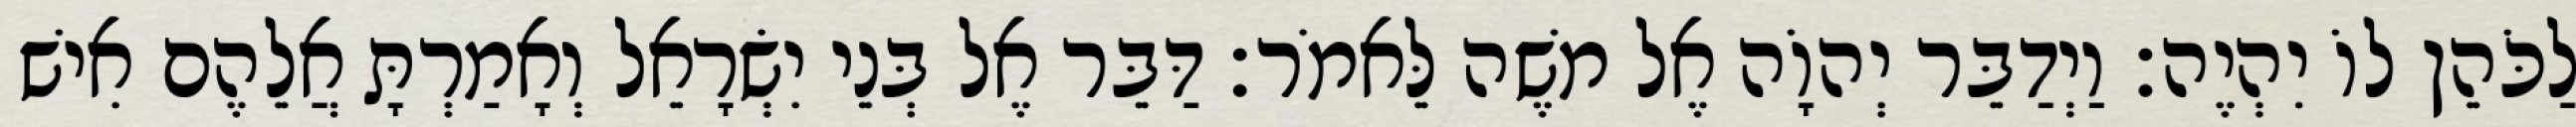
לַכֹּהֵן לוֹ יִהְיֶה׃ וַיְדַבֵּר יְהוָֹה אֶל משֶׁה לֵּאמֹר׃ דַּבֵּר אֶל בְּנֵי יִשְׂרָאֵל וְאָמַרְתָּ אֲלֵהֶם אִישׁ